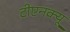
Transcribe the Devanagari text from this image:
टीएनक्यू